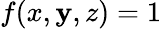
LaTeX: f(x,\mathbf{y},z)=1